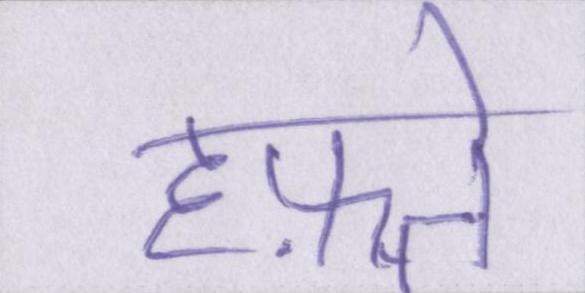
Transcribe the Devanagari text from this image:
हफ़्ते